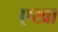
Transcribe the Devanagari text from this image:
एखा